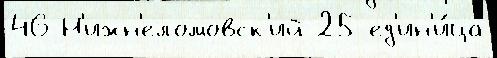
46 Н'ижн'еломовск'ий 25 ед'ин'и́ца